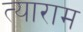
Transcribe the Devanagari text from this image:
त्याराम